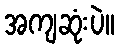
အကျဆုံးပဲ။